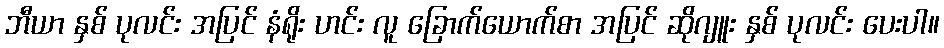
ဘီယာ နှစ် ပုလင်း အပြင် နံရိုး ဟင်း လူ ခြောက်ယောက်စာ အပြင် ဆိုဂျူး နှစ် ပုလင်း ပေးပါ။